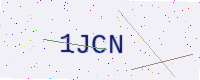
Text: 1JCN